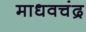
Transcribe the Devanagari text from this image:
माधवचंद्र